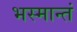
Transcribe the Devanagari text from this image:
भस्मान्तं